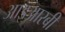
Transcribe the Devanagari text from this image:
आइआरबी